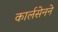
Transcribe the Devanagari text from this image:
कार्लसेनने